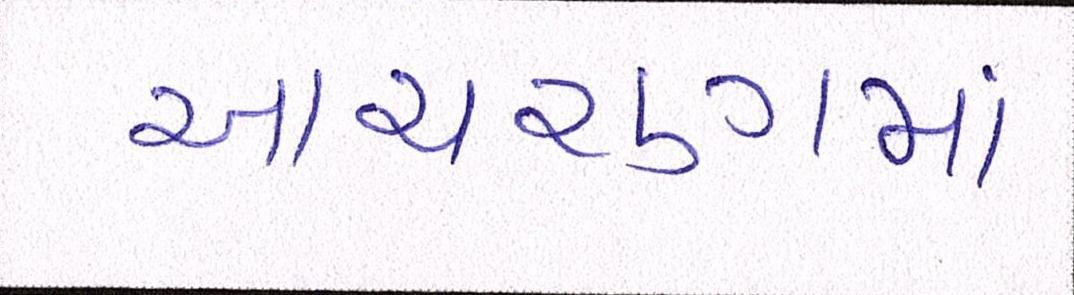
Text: આચરણમાં